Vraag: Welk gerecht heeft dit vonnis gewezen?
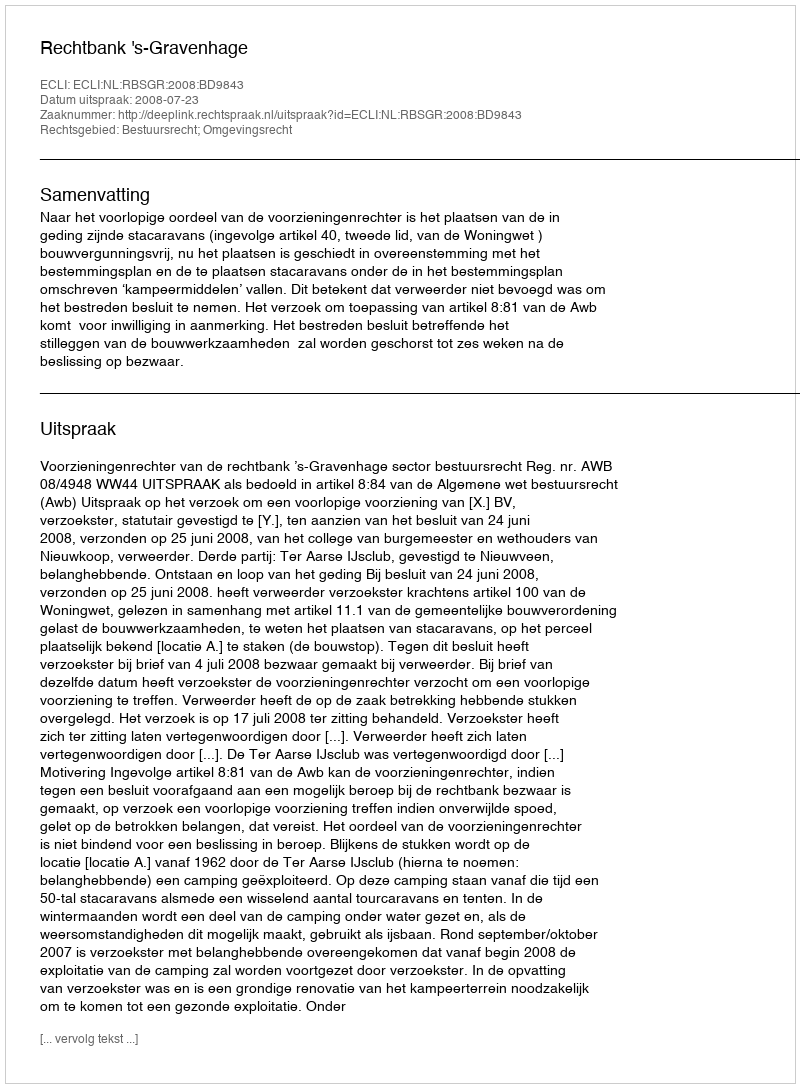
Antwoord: Rechtbank 's-Gravenhage